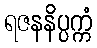
ရဇနနိပ္ပက္ကံ